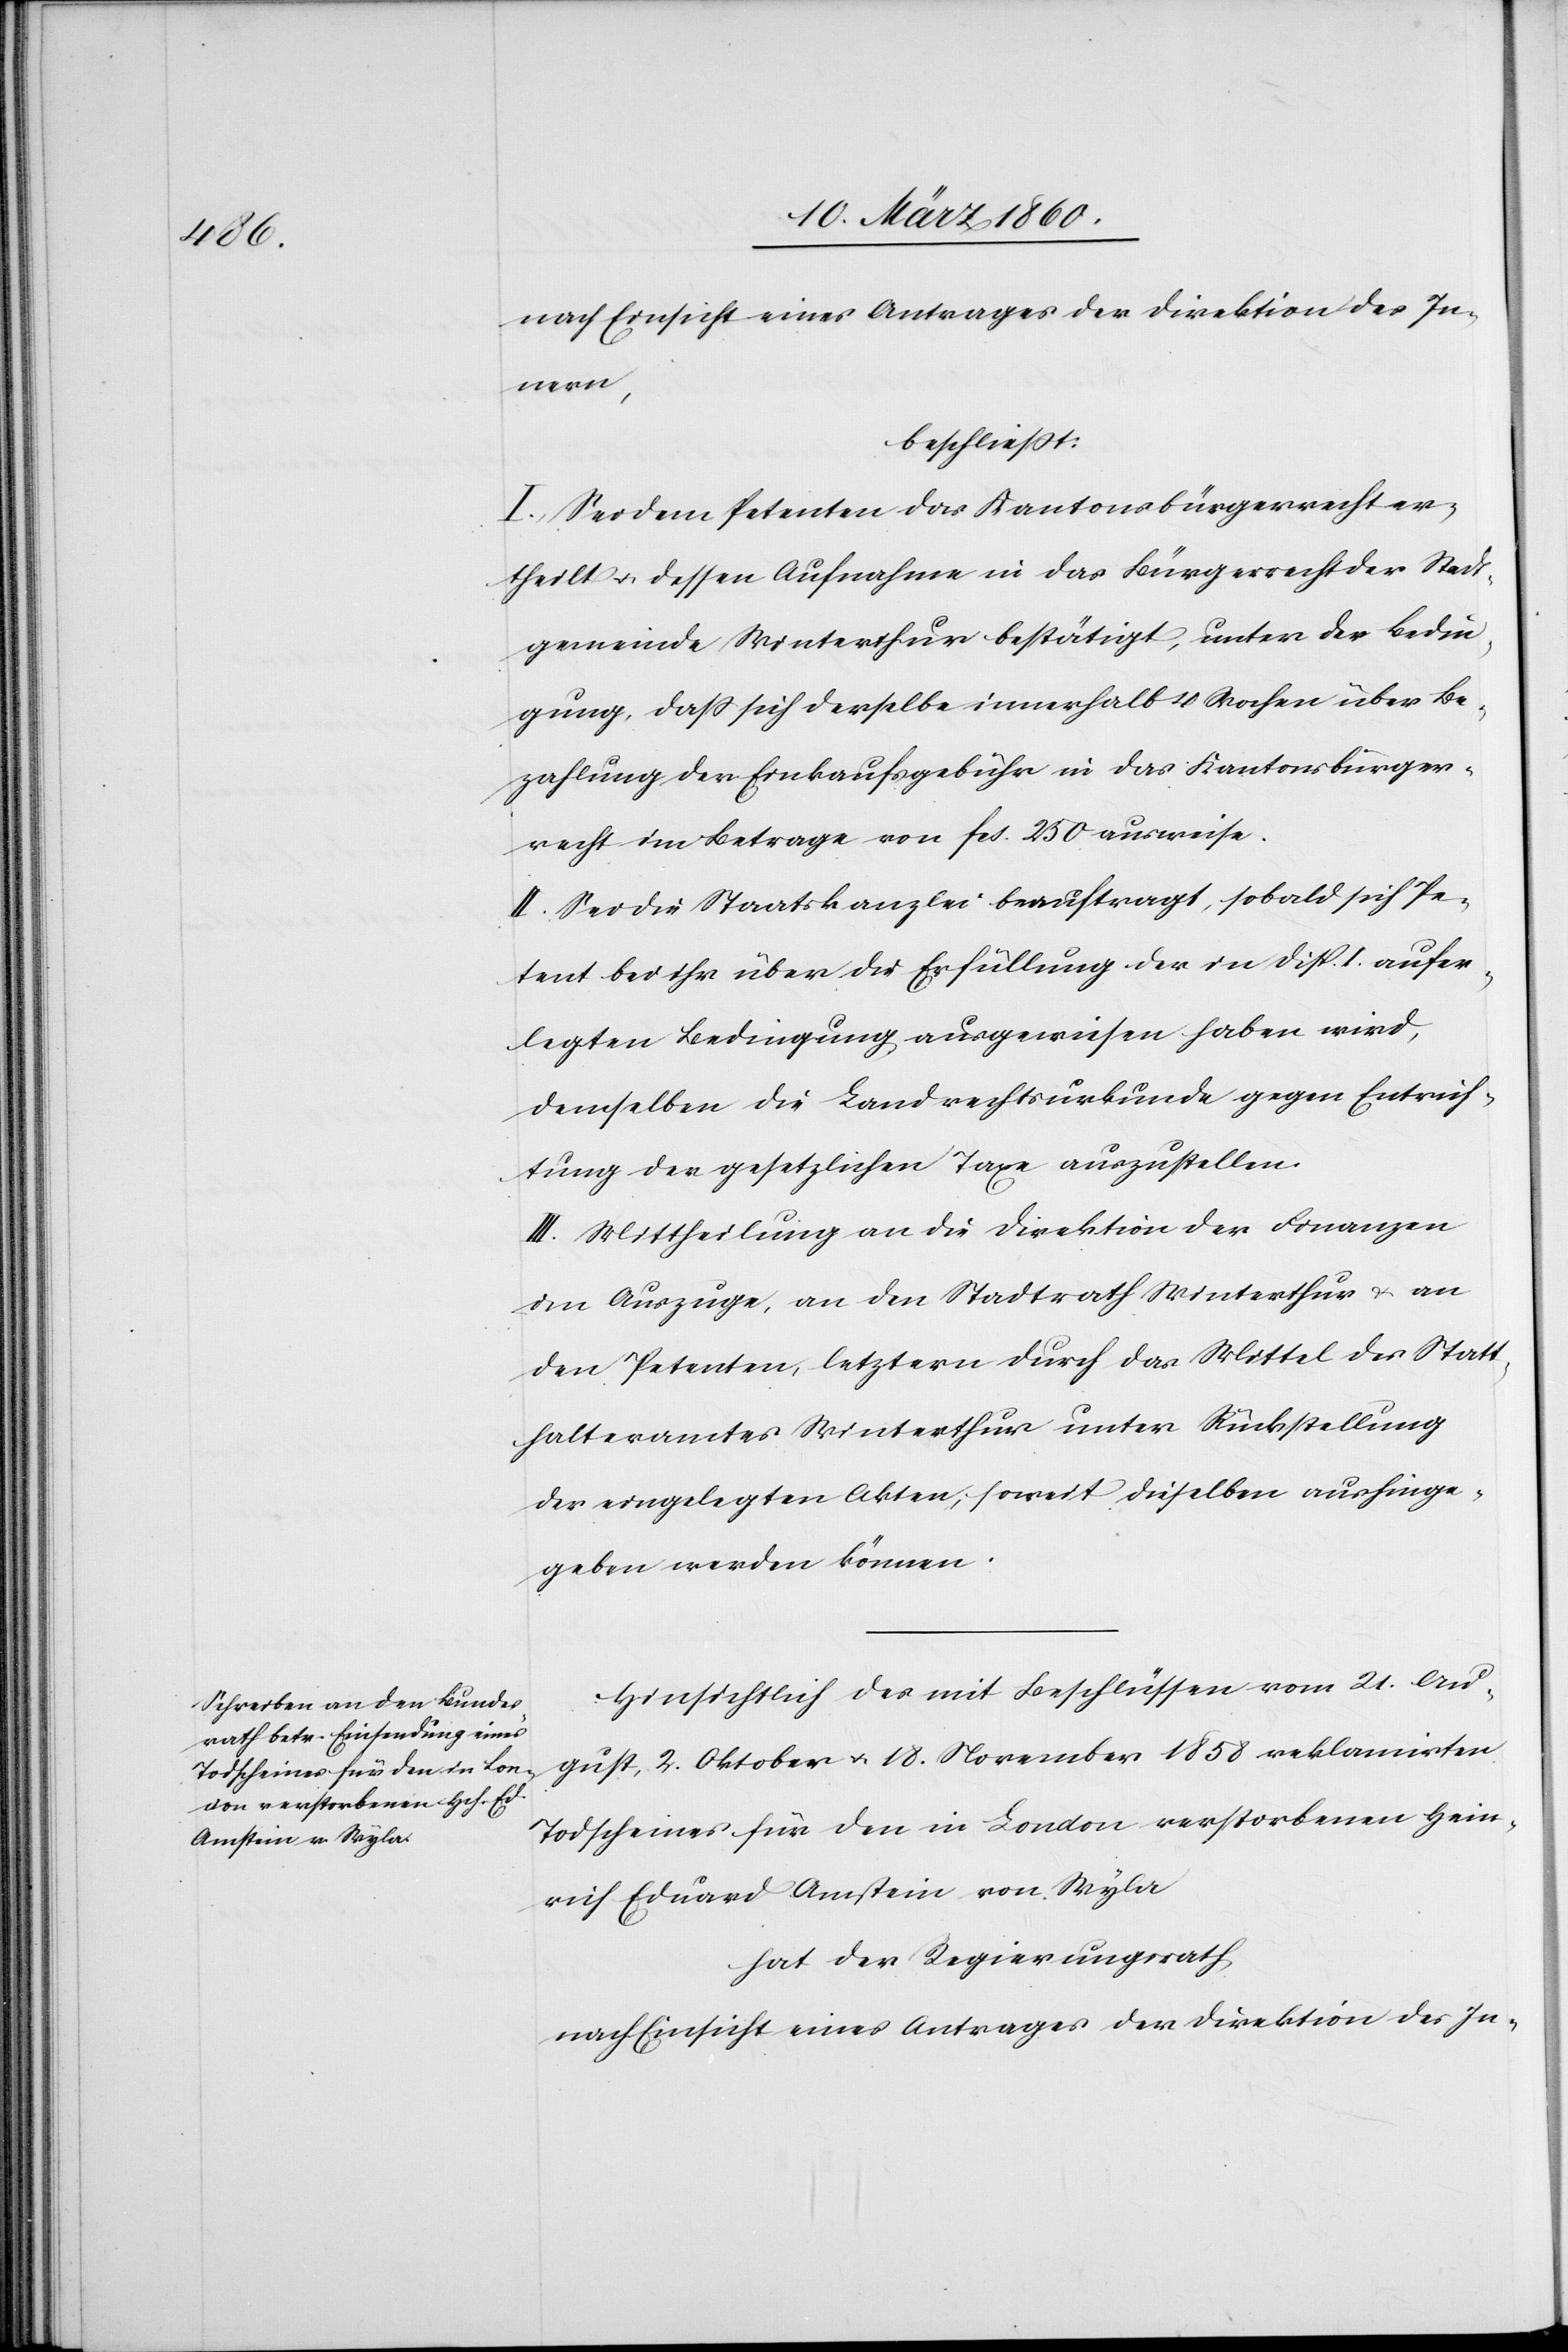
nach Einsicht eines Antrages der Direktion des In¬
nern,
beschliesst:
I. Sei dem Petenten das Kantonsbürgerrecht er¬
theilt u. dessen Aufnahme in das Bürgerrecht der Stadt¬
gemeinde Winterthur bestätigt, unter der Bedin¬
gung, dass sich derselbe innerhalb 4 Wochen über Be¬
zahlung der Einkaufsgebühr in das Kantonsbürger¬
recht im Betrage von fcs. 250 ausweise.
II. Sei die Staatskanzlei beauftragt, sobald sich Pe¬
tent bei ihr über die Erfüllung der in Disp. I aufer¬
legten Bedingung ausgewiesen haben wird,
demselben die Landrechtsurkunde gegen Entrich¬
tung der gesetzlichen Taxe auszustellen.
III. Mittheilung an die Direktion der Finanzen
im Auszuge, an den Stadtrath Winterthur u. an
den Petenten, letztern durch das Mittel des Statt¬
halteramtes Winterthur unter Rückstellung
der eingelegten Akten, soweit dieselben aushinge¬
geben werden können.
Hinsichtlich des mit Beschlüssen vom 21. Au¬
gust, 2. Oktober u. 18. November 1858 reklamirten
Todscheines für den in London verstorbenen Hein¬
rich Eduard Amstein von Wyla
hat der Regierungsrath,
nach Einsicht eines Antrages der Direktion des In-